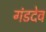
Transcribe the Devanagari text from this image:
गंडदेव